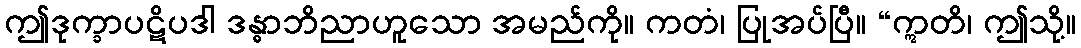
ဤဒုက္ခာပဋိပဒါ ဒန္ဓာဘိညာဟူသော အမည်ကို။ ကတံ၊ ပြုအပ်ပြီ။ “ဣတိ၊ ဤသို့။